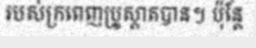
របស់ក្រពេញប្រូស្តាតបាន។ ប៉ុន្តែ